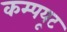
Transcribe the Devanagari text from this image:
कम्पयूट